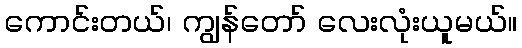
ကောင်းတယ်၊ ကျွန်တော် လေးလုံးယူမယ်။